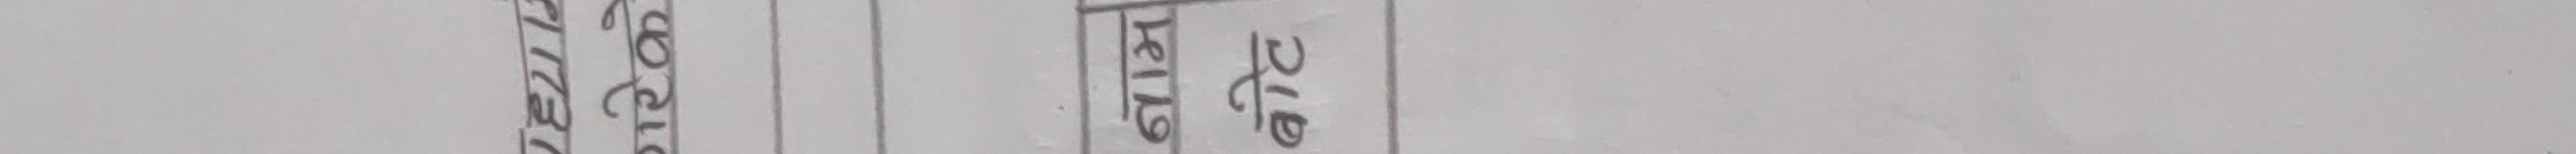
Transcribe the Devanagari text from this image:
शिर्षक
रू.१९११९